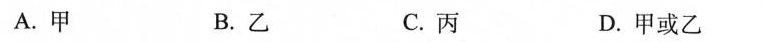
A.甲 B.乙 C.丙 D.甲或乙